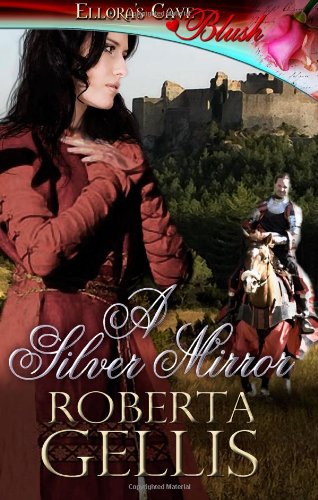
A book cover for A Silver Mirror: Ellora's Cave; Roberta Gellis; Romance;